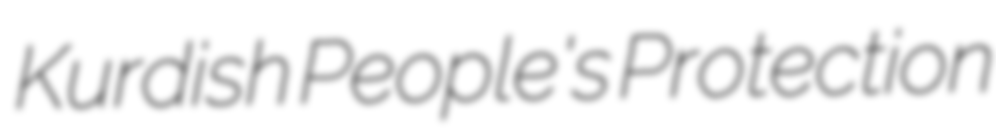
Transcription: Kurdish People's Protection